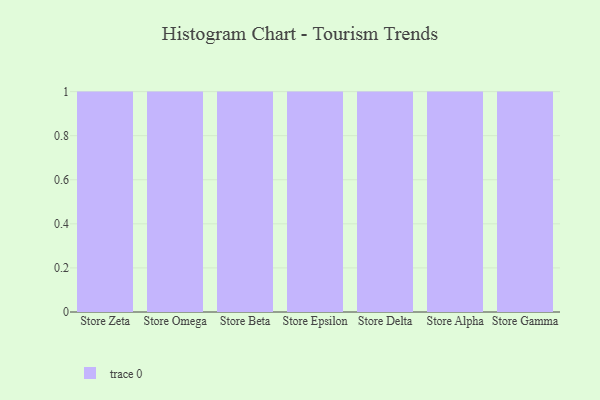
{"axis": {"x": "Store", "y": "Budget (USD K)"}, "legend": [""], "data": [{"x": "Store Zeta", "y": 57, "type": ""}, {"x": "Store Omega", "y": 99, "type": ""}, {"x": "Store Beta", "y": 47, "type": ""}, {"x": "Store Epsilon", "y": 97, "type": ""}, {"x": "Store Delta", "y": 86, "type": ""}, {"x": "Store Alpha", "y": 59, "type": ""}, {"x": "Store Gamma", "y": 8, "type": ""}]}